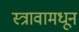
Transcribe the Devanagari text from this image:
स्त्रावामधून